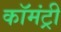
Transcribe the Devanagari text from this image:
कॉमंट्री